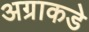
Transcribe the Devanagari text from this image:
अग्राकडे